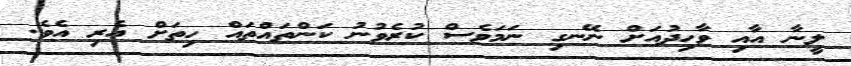
ލީނާ އާއި ވާހިދުއަށް ނޭނގި ނަމަވެސް ކުރެވުނު ކަންތައްތައް ހިތަށް އެރި އެވެ.